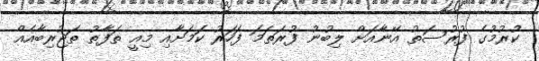
ކުރުމުގެ ފުރުސަތު އޭނާއަށް ލިބުނު ފުރަތަމަ ފަހަރު ކަމަށާއި މިއީ ތަފާތު ތަޖުރިބާއެއް